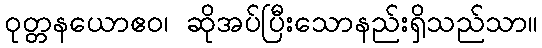
ဝုတ္တနယောဧဝ၊ ဆိုအပ်ပြီးသောနည်းရှိသည်သာ။